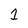
Character: 1